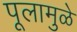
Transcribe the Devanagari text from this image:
पूलामुळे